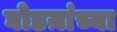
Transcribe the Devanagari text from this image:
घोडय़ांच्या